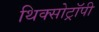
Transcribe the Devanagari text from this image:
थिक्सोट्रॉपी